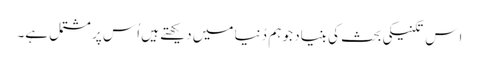
اِس تکنیکی بحث کی بنیاد جو ہم دُنیا میں دیکھتے ہیں اُس پر مشتمل ہے۔